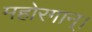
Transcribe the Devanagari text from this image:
महोरगान्।